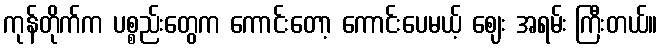
ကုန်တိုက်က ပစ္စည်းတွေက ကောင်းတော့ ကောင်းပေမယ့် ဈေး အရမ်း ကြီးတယ်။